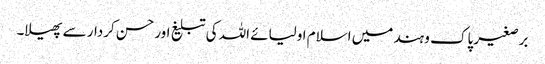
برصغیر پاک و ہند میں اسلام اولیائے اللہ کی تبلیغ اور حسن کردار سے پھیلا۔